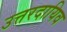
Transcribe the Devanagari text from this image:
उत्तरदायिव